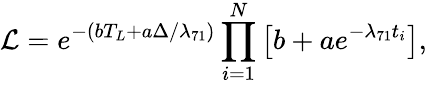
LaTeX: {\cal L}=e^{-(bT_{L}+a\Delta/\lambda_{71})}\prod_{i=1}^{N}\left[b+ae^{-\lambda_{71}t_{i}}\right],